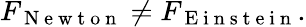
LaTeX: F_{\mathrm{~N~e~w~t~o~n~}}\neq F_{\mathrm{~E~i~n~s~t~e~i~n~}}.